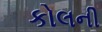
કોલની